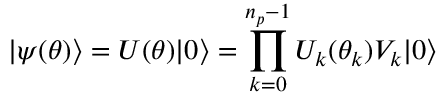
\ensuremath { \lvert { \psi ( { \boldsymbol { \theta } } ) } \rangle } = U ( { \boldsymbol { \theta } } ) \ensuremath { \lvert { 0 } \rangle } = \prod _ { k = 0 } ^ { n _ { p } - 1 } U _ { k } ( \theta _ { k } ) V _ { k } \ensuremath { \lvert { 0 } \rangle }